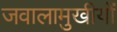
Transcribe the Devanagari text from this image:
जवालामुखीयों